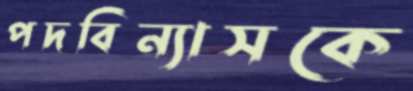
পদবিন্যাসকে